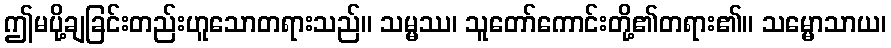
ဤမပို့ချခြင်းတည်းဟူသောတရားသည်။ သမ္မဿ၊ သူတော်ကောင်းတို့၏တရား၏။ သမ္မောသာယ၊